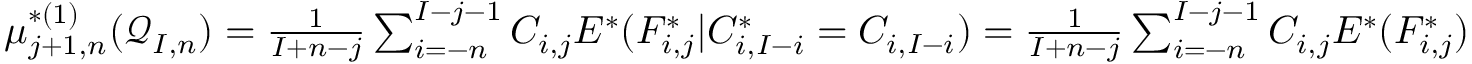
\begin{array} { r } { \mu _ { j + 1 , n } ^ { * ( 1 ) } ( \mathcal { Q } _ { I , n } ) = \frac { 1 } { I + n - j } \sum _ { i = - n } ^ { I - j - 1 } C _ { i , j } E ^ { * } ( F _ { i , j } ^ { * } | C _ { i , I - i } ^ { * } = C _ { i , I - i } ) = \frac { 1 } { I + n - j } \sum _ { i = - n } ^ { I - j - 1 } C _ { i , j } E ^ { * } ( F _ { i , j } ^ { * } ) } \end{array}